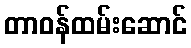
တာဝန်ထမ်းဆောင်